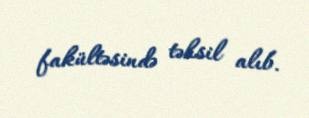
fakültəsində təhsil alıb.